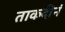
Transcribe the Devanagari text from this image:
ताकदीनं